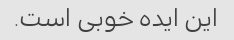
این ایده خوبی است.